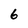
Character: 6